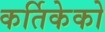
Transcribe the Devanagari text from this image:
कर्तिकेको